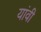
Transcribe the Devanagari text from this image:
यांवी